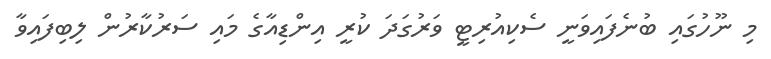
މި ނޫހުގައި ބުނެފައިވަނީ ސެކިއުރިޓީ ވަރުގަދަ ކުރީ އިންޑިއާގެ މައި ސަރުކާރުން ލިބިފައިވާ